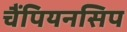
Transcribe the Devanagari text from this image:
चैंपियनसिप